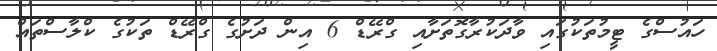
ހައުސްގެ ޓީމުތަކުގައި ވާދަކުރާގޮތަށާއި ގްރޭޑް 6 އިން ދަށުގެ ގްރޭޑް ތަކުގެ ކްލާސްތައް